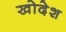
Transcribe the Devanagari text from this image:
खोदेश